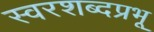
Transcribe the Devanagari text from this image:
स्वरशब्दप्रभू